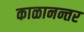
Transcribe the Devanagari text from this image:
काळानन्तर